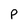
Character: p